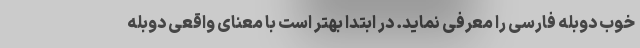
خوب دوبله فارسی را معرفی نماید. در ابتدا بهتر است با معنای واقعی دوبله